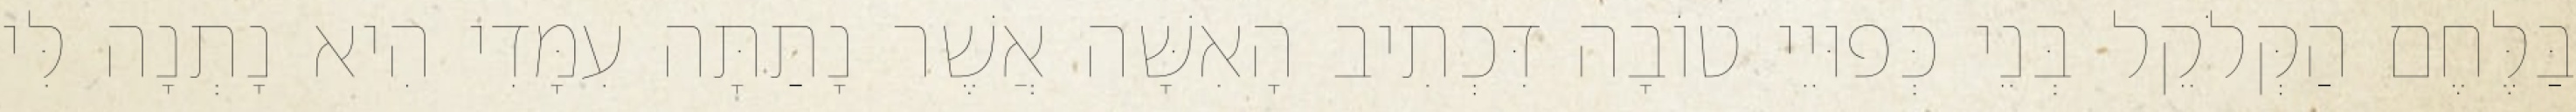
בַּלֶּחֶם הַקְּלֹקֵל בְּנֵי כְּפוּיֵי טוֹבָה דִּכְתִיב הָאִשָּׁה אֲשֶׁר נָתַתָּה עִמָּדִי הִיא נָתְנָה לִּי